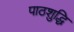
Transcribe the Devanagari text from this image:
पाठशुद्धि